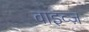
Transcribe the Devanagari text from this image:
वाइव्ज़